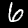
Digit: 6